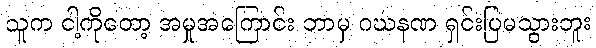
သူက ငါ့ကိုတော့ အမှုအကြောင်း ဘာမှ ဂဃနဏ ရှင်းပြမသွားဘူး